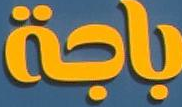
باجة